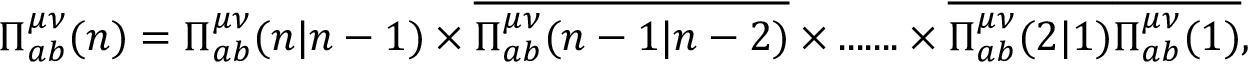
\Pi _ { a b } ^ { \mu \nu } ( n ) = \Pi _ { a b } ^ { \mu \nu } ( n | n - 1 ) \times \overline { { \Pi _ { a b } ^ { \mu \nu } ( n - 1 | n - 2 ) } } \times . . . . . . . \times \overline { { \Pi _ { a b } ^ { \mu \nu } ( 2 | 1 ) } } \overline { { \Pi _ { a b } ^ { \mu \nu } ( 1 ) } } ,